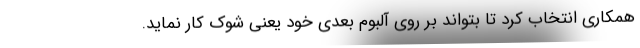
همکاری انتخاب کرد تا بتواند بر روی آلبوم بعدی خود یعنی شوک کار نماید.